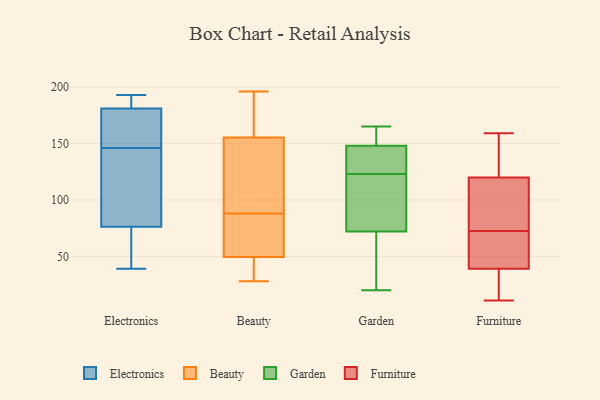
{"axis": {"x": "Market Share (%)", "y": "Value"}, "legend": ["Beauty", "Electronics", "Furniture", "Garden"], "data": [{"x": "", "y": 80, "type": "Electronics"}, {"x": "", "y": 39, "type": "Electronics"}, {"x": "", "y": 69, "type": "Electronics"}, {"x": "", "y": 191, "type": "Electronics"}, {"x": "", "y": 193, "type": "Electronics"}, {"x": "", "y": 186, "type": "Electronics"}, {"x": "", "y": 99, "type": "Electronics"}, {"x": "", "y": 75, "type": "Electronics"}, {"x": "", "y": 146, "type": "Electronics"}, {"x": "", "y": 150, "type": "Electronics"}, {"x": "", "y": 166, "type": "Electronics"}, {"x": "", "y": 189, "type": "Beauty"}, {"x": "", "y": 88, "type": "Beauty"}, {"x": "", "y": 162, "type": "Beauty"}, {"x": "", "y": 44, "type": "Beauty"}, {"x": "", "y": 84, "type": "Beauty"}, {"x": "", "y": 66, "type": "Beauty"}, {"x": "", "y": 116, "type": "Beauty"}, {"x": "", "y": 158, "type": "Beauty"}, {"x": "", "y": 81, "type": "Beauty"}, {"x": "", "y": 89, "type": "Beauty"}, {"x": "", "y": 196, "type": "Beauty"}, {"x": "", "y": 28, "type": "Beauty"}, {"x": "", "y": 147, "type": "Beauty"}, {"x": "", "y": 42, "type": "Beauty"}, {"x": "", "y": 44, "type": "Beauty"}, {"x": "", "y": 78, "type": "Garden"}, {"x": "", "y": 47, "type": "Garden"}, {"x": "", "y": 152, "type": "Garden"}, {"x": "", "y": 123, "type": "Garden"}, {"x": "", "y": 165, "type": "Garden"}, {"x": "", "y": 51, "type": "Garden"}, {"x": "", "y": 121, "type": "Garden"}, {"x": "", "y": 94, "type": "Garden"}, {"x": "", "y": 51, "type": "Garden"}, {"x": "", "y": 153, "type": "Garden"}, {"x": "", "y": 66, "type": "Garden"}, {"x": "", "y": 135, "type": "Garden"}, {"x": "", "y": 148, "type": "Garden"}, {"x": "", "y": 101, "type": "Garden"}, {"x": "", "y": 20, "type": "Garden"}, {"x": "", "y": 148, "type": "Garden"}, {"x": "", "y": 141, "type": "Garden"}, {"x": "", "y": 141, "type": "Garden"}, {"x": "", "y": 123, "type": "Garden"}, {"x": "", "y": 155, "type": "Garden"}, {"x": "", "y": 112, "type": "Furniture"}, {"x": "", "y": 62, "type": "Furniture"}, {"x": "", "y": 67, "type": "Furniture"}, {"x": "", "y": 78, "type": "Furniture"}, {"x": "", "y": 57, "type": "Furniture"}, {"x": "", "y": 19, "type": "Furniture"}, {"x": "", "y": 159, "type": "Furniture"}, {"x": "", "y": 22, "type": "Furniture"}, {"x": "", "y": 114, "type": "Furniture"}, {"x": "", "y": 11, "type": "Furniture"}, {"x": "", "y": 29, "type": "Furniture"}, {"x": "", "y": 81, "type": "Furniture"}, {"x": "", "y": 147, "type": "Furniture"}, {"x": "", "y": 39, "type": "Furniture"}, {"x": "", "y": 120, "type": "Furniture"}, {"x": "", "y": 130, "type": "Furniture"}, {"x": "", "y": 58, "type": "Furniture"}, {"x": "", "y": 139, "type": "Furniture"}]}